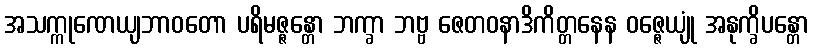
အသက္ကုဏေယျဘာဝတော ပရိမဇ္ဇန္တော ဘက္ခာ ဘဗ္ဗ ဇေတဝနာဒိကိတ္တနေန ဝဇ္ဇေယျုံ အနုက္ခိပန္တော